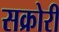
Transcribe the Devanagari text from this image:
सक्रोरी